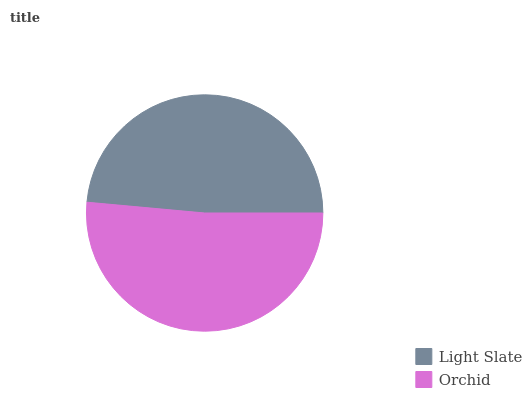
| Light Slate | Orchid |
 | --- | --- |
 | 48.6% | 51.4% |